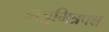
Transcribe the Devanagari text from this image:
शत्रुमित्रपक्ष